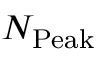
N _ { \mathrm { P e a k } }